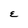
Character: E